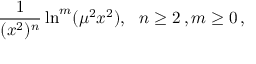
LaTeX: { \frac { 1 } { ( x ^ { 2 } ) ^ { n } } } \ln ^ { m } ( \mu ^ { 2 } x ^ { 2 } ) , ~ ~ n \geq 2 \, , m \geq 0 \, ,